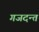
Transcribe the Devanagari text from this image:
गजदन्त